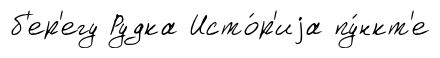
б'ер'егу Рудка Исто́р'иjа пу́нкт'е